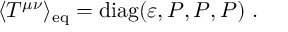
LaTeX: \langle T ^ { \mu \nu } \rangle _ { \mathrm { e q } } = \mathrm { d i a g } ( \varepsilon , { \cal P } , { \cal P } , { \cal P } ) \; .